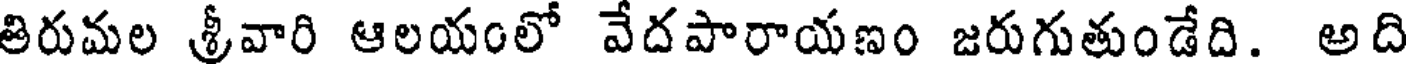
తిరుమల శ్రీవారి ఆలయంలో వేదపారాయణం జరుగుతుండేది. అది